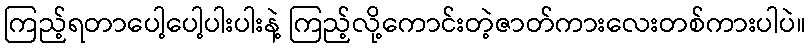
ကြည့်ရတာပေါ့ပေါ့ပါးပါးနဲ့ ကြည့်လို့ကောင်းတဲ့ဇာတ်ကားလေးတစ်ကားပါပဲ။